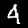
Label: 4